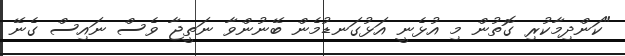
"ކަންދިމާކުރި ގޮތުން މި އުޅެނީ އަޅުގަނޑުމެން ބޭނުންވާ ނަތީޖާ ވެސް ނައިސް ގެނޭ